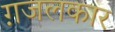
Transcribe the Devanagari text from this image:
ग़जलकार